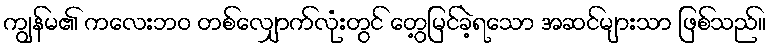
ကျွန်မ၏ ကလေးဘဝ တစ်လျှောက်လုံးတွင် တွေ့မြင်ခဲ့ရသော အဆင်များသာ ဖြစ်သည်။